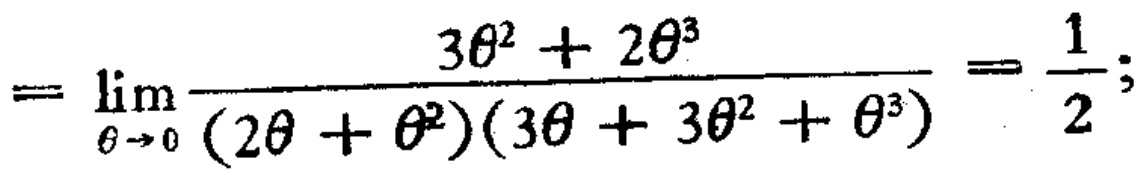
\[=\lim_{\theta \to 0}\frac{3\theta^{2}+2\theta^{3}}{(2\theta+\theta^{2})(3\theta + 3\theta^{2}+\theta^{3})}=\frac{1}{2};\]